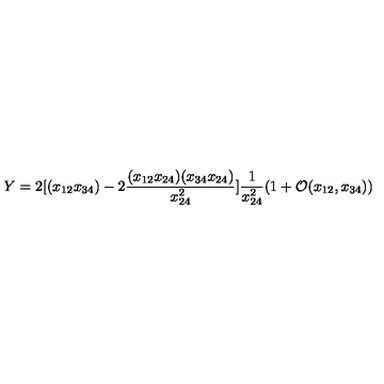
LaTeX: Y = 2 [ ( x _ { 1 2 } x _ { 3 4 } ) - 2 \frac { ( x _ { 1 2 } x _ { 2 4 } ) ( x _ { 3 4 } x _ { 2 4 } ) } { x _ { 2 4 } ^ { 2 } } ] \frac { 1 } { x _ { 2 4 } ^ { 2 } } ( 1 + \mathcal { O } ( x _ { 1 2 } , x _ { 3 4 } ) )